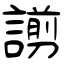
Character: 謭